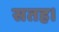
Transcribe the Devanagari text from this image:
सतह।